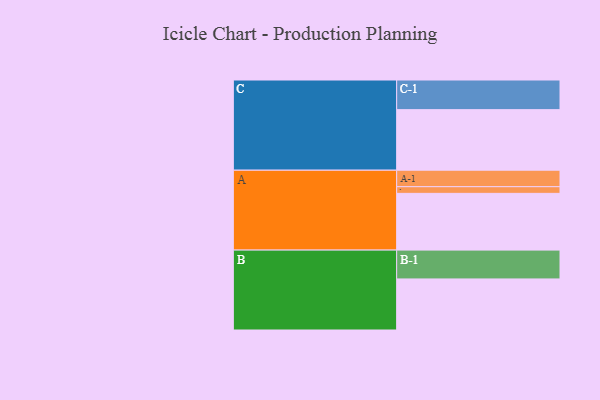
{"axis": {"x": "Segment", "y": "Value"}, "legend": ["", "A", "B", "C"], "data": [{"x": "A", "y": 561, "type": ""}, {"x": "B", "y": 505, "type": ""}, {"x": "C", "y": 599, "type": ""}, {"x": "A-1", "y": 163, "type": "A"}, {"x": "A-2", "y": 66, "type": "A"}, {"x": "B-1", "y": 285, "type": "B"}, {"x": "C-1", "y": 293, "type": "C"}]}